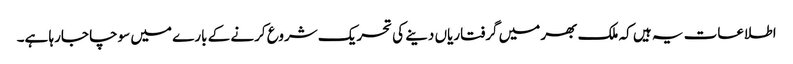
اطلاعات یہ ہیں کہ ملک بھر میں گرفتاریاں دینے کی تحریک شروع کرنے کے بارے میں سوچا جارہا ہے۔